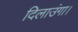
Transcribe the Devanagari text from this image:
दिलाउंगा।